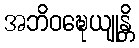
အဘိဝဍ္ဎေယျုန္တိ